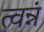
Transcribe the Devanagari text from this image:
त्वन्नं